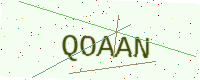
Text: QOAAN